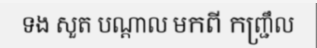
ទង សួត បណ្តាល មកពី កញ្ជ្រឹល